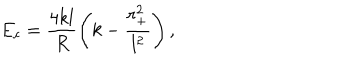
E _ { c } = \frac { 4 k l } { R } \left( k - \frac { r _ { + } ^ { 2 } } { l ^ { 2 } } \right) ,